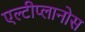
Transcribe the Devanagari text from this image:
एल्टीप्लानोस